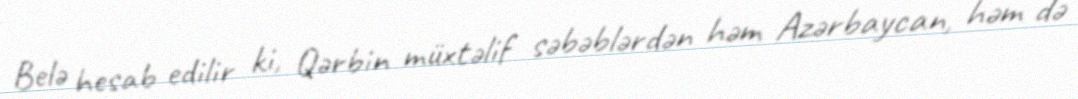
Belə hesab edilir ki, Qərbin müxtəlif səbəblərdən həm Azərbaycan, həm də